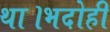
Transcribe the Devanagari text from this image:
था।भदोही